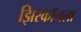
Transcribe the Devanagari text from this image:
झिरकॉनला